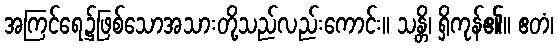
အကြင်ရေ၌ဖြစ်သောအသားတို့သည်လည်းကောင်း။ သန္တိ၊ ရှိကုန်၏။ ဧတံ၊